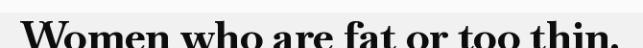
Women who are fat or too thin.